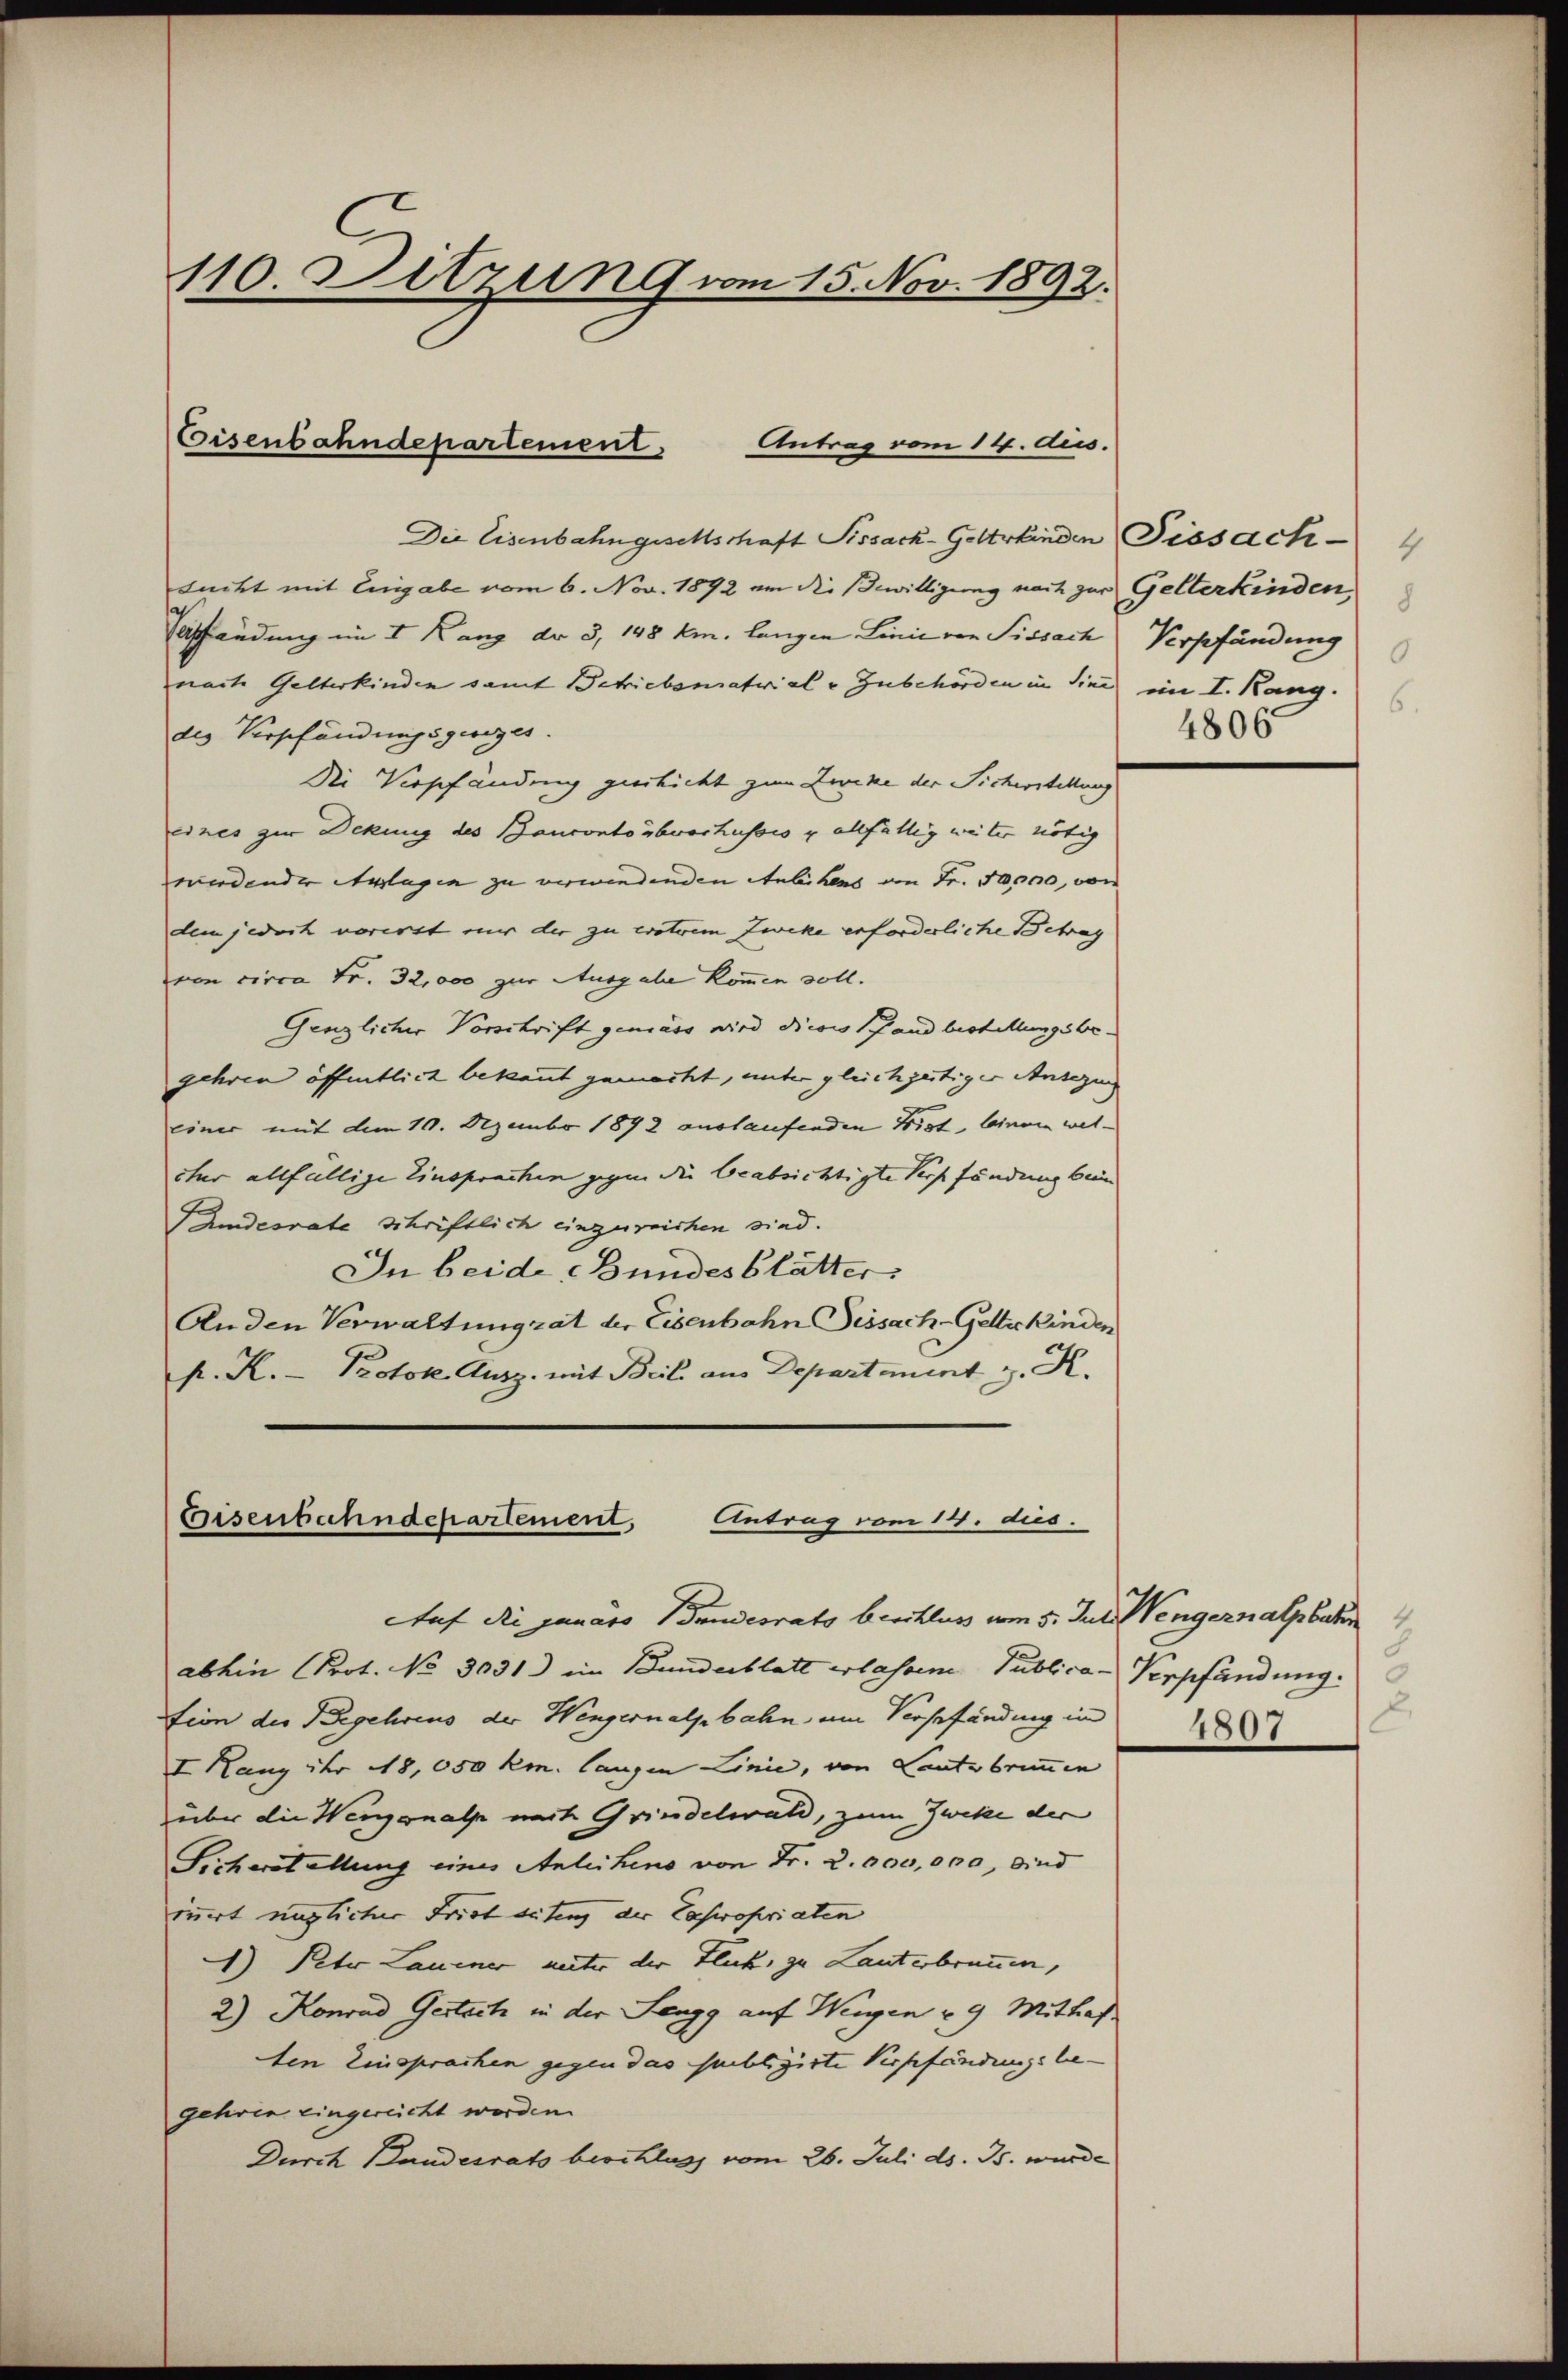
lucht mit Eingabe vom 6. Nov. 1892 um die Bewilligung nach zur Gelterkinden,
Tasfändung im I. Kanz dr 3, 148 km. langen Linie von Sissach Verpfändung
nache Gelterkinden samt Schriebematrial - Zubehörden in sind im I. Rang.
des Verpfändungsgeges.
Die Verpfändung geschicht zum Zwicke der Sicherstellung
eines zur Dekung des Bancontoubvochusses u allfällig weiter nötig
werdender Anlagen zu verwendenden Anleihens an Fr. 50000, von
dem jedoch vorerst nur der zu erotrem Zweke erforderliche Betrag
von circa Fr. 32,000 zur Ausgabe kommen soll.
Genzlicher Vorschrift gemäss wird dies Pfand bestellungsbegehren öffentlich bekannt gemacht, unter gleichzeitiger Ansezung
einer mit dem 10. Dezember 1872 auslaufenden Frist, binne welcher allfällige Einsprachen gegen die beabsichtigte Sies fändung beim
Indesrate schriftlich einzureichen sind.
In beide Bundesblätter
Anden Verwaltungrat der Eisenbahn Dissach-Gelterkinden
K. K. Protok. Ausz. mit Beil aus Departement z. K.

110. Sitzung vom 15. Nov. 1892.

Eisenbahndepartement. Antrag vom 14. dies.

Die Eisenbahngeschschaft Sissack-Geltskinden Fissach-

Eisenbahndepartement,
Antrag vom 14. dus.

Auf die janaro Bundesrats beschluss vom 5. Juli Mengernalpber 1
abhin Prot. No 3031) im Bundesblatt erlassen Publica-Verpfändung.
tion der Begehrens der Wengernalbahn am Vorsefändung in
I Rang der 18,050 km. langen Linie, von Lautsbrunnen
über die Wengonalp mit Grindelwald, zum Zweke der
Sicherstellung eines Anleihens von Fr. 2. 000,000, sind
innert möglicher Frist situng der Capropriaten
) Peter Lauener unter der Flick zu Lauterbrunnen,
2) Konrad Gestaet in der Lengg auf Weigen u 9 Mittraf.
ten Einsprachen gegen das sublizirte Verpfändungsbe-
gehren eingereicht worden.
Durch Handesrats beschlags vom 26. Juli d. Js. wurde

4
8
6.
4806